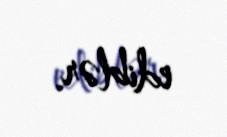
ediblər.